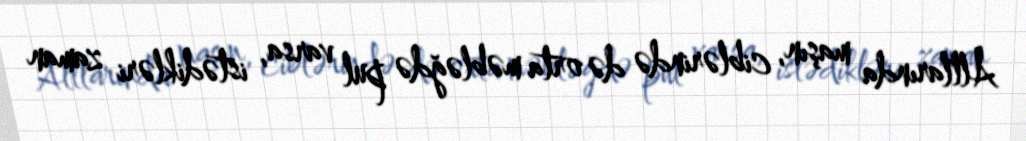
Altlarında maşın, ciblərində də orta məbləğdə pul varsa, istədikləri zaman